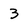
Character: 3